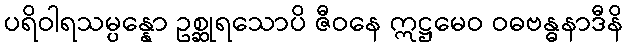
ပရိဝါရသမ္ပန္နော ဥစ္ဆုရသောပိ ဇီဝနေ ဣဋ္ဌမေဝ ဝဓဗန္ဓနာဒီနိ